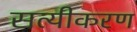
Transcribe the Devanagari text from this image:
सत्यीकरण